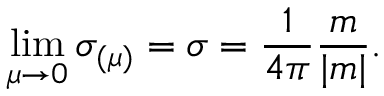
\operatorname * { l i m } _ { \mu \to 0 } \sigma _ { ( \mu ) } = \sigma = \frac { 1 } { 4 \pi } \frac { m } { | m | } .